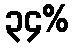
၃၄%